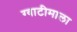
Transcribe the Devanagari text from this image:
ग्वाटीमाला